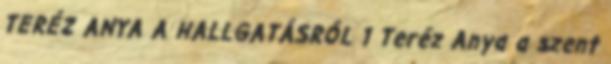
TERÉZ ANYA A HALLGATÁSRÓL 1 Teréz Anya a szent